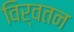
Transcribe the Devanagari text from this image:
विर्वतन